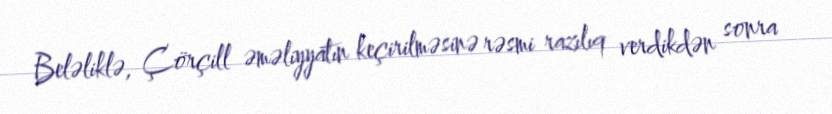
Beləliklə, Çörçill əməliyyatın keçirilməsinə rəsmi razılıq verdikdən sonra